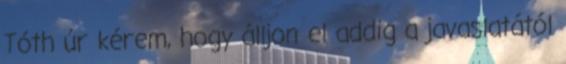
Tóth úr kérem, hogy álljon el addig a javaslatától